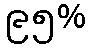
၉၅%